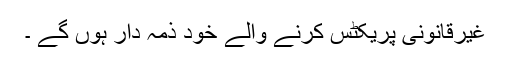
غیرقانونی پریکٹس کرنے والے خود ذمہ دار ہوں گے ۔